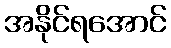
အနိုင်ရအောင်